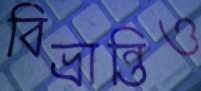
বিভ্রান্তিও